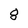
Character: 8